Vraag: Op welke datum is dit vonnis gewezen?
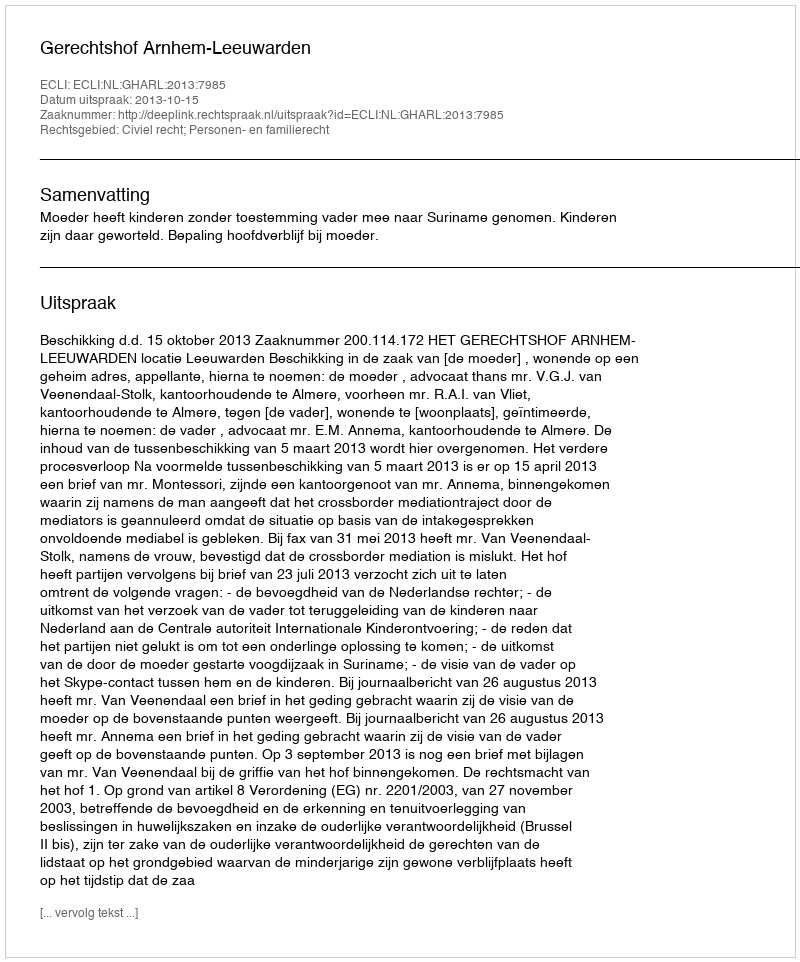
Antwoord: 2013-10-15